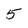
Character: 5